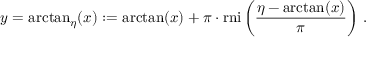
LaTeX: y = \arctan _ { \eta } ( x ) : = \arctan ( x ) + \pi \cdot \operatorname { r n i } \left( { \frac { \eta - \arctan ( x ) } { \pi } } \right) \, .